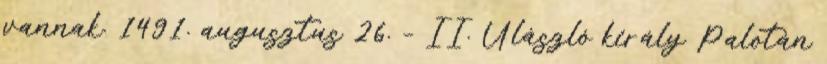
vannak. 1491. augusztus 26. – II. Ulászló király Palotán